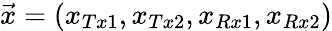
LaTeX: \vec{x}=(x_{Tx1},x_{Tx2},x_{Rx1},x_{Rx2})